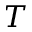
T